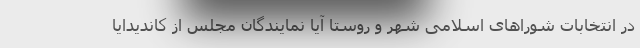
در انتخابات شوراهای اسلامی شهر و روستا آیا نمایندگان مجلس از کاندیدایا